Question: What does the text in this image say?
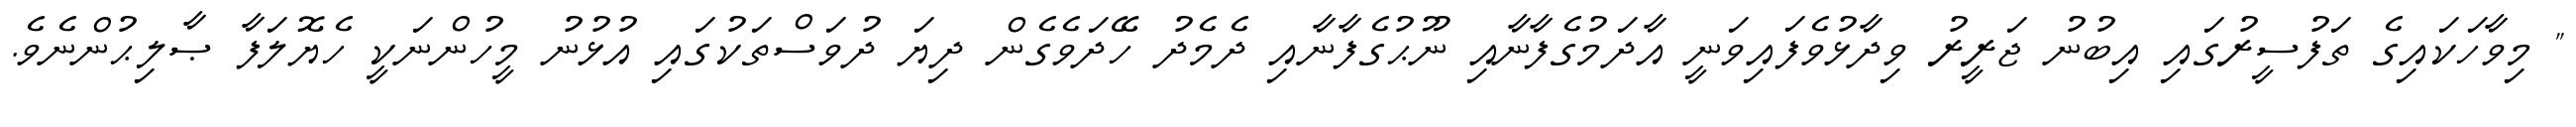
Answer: " މިވާހަކައިގެ ތަފުސީރުގައި އިބުނު ޖަރީރު ވިދާޅުވެފައިވަނީ އާދަމުގެފާނާއި ނޫޙުގެފާނާއި ދެމެދު ހޭދަވެގެން ދިޔަ ދުވަސްތަކުގައި އުޅުނު މީހުންނަކީ ހެޔޮލަފާ ޞާލިޙުންނެވެ.